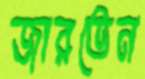
জারতেন